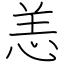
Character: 恙